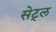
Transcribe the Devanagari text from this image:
सेट्ल